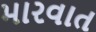
મારવાત